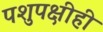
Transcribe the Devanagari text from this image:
पशुपक्षीही